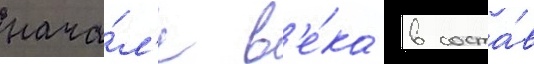
нача́л'е в'е́ка в соста́в